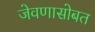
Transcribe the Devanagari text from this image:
जेवणासोबत